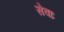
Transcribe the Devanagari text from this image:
सेवाः